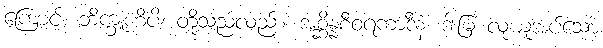
ကြောင့်။ ဘိက္ခူဟိပိ၊ တို့သည်လည်း။ အစ္ဆိန္နစီဝရကာဒီနံ၊ ဒါးမြ လုယူအပ်သော